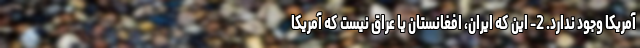
آمریکا وجود ندارد. 2- این که ایران، افغانستان یا عراق نیست که آمریکا